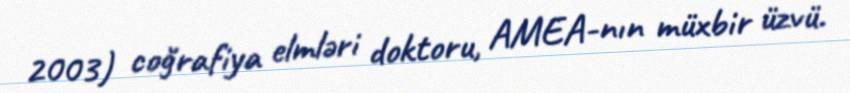
2003) coğrafiya elmləri doktoru, AMEA-nın müxbir üzvü.